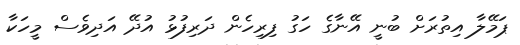
ޕަމޭލާ އިތުރަށް ބުނީ އޭނާގެ ހަގު ފިރިހެން ދަރިފުޅު އުދޭ އަދިވެސް މީހަކާ